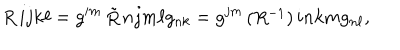
\begin{matrix} { { R } } \\ \end{matrix} { i j } { k \ell } = g ^ { i m } \begin{matrix} { { \tilde { R } } } \\ \end{matrix} { n j } { m \ell } g _ { n k } = g ^ { j m } \begin{matrix} { { ( R ^ { - 1 } ) } } \\ \end{matrix} { i n } { k m } g _ { n \ell } ,